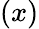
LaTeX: \left(x\right)